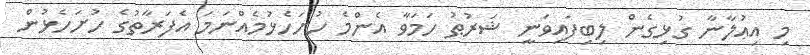
މި އިޢުލާނާ ގުޅިގެން ލިބިފައިވަނީ ޝަރުޠު ހަމަވާ އެންމެ ހުށަހެޅުމެއްނަމަ އެފަރާތުގެ ހުށަހެޅުން